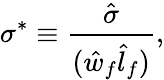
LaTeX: \sigma^{*}\equiv\frac{\hat{\sigma}}{(\hat{w}_{f}\hat{l}_{f})},